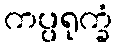
ကပ္ပရုက္ခံ